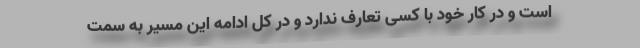
است و در کار خود با کسی تعارف ندارد و در کل ادامه این مسیر به سمت